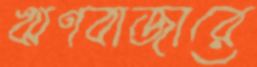
ঋণবাজারে